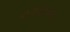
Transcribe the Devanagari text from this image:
शंखोद्धार